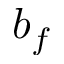
b _ { f }